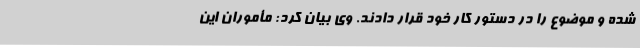
شده و موضوع را در دستور کار خود قرار دادند. وی بیان کرد: مأموران این